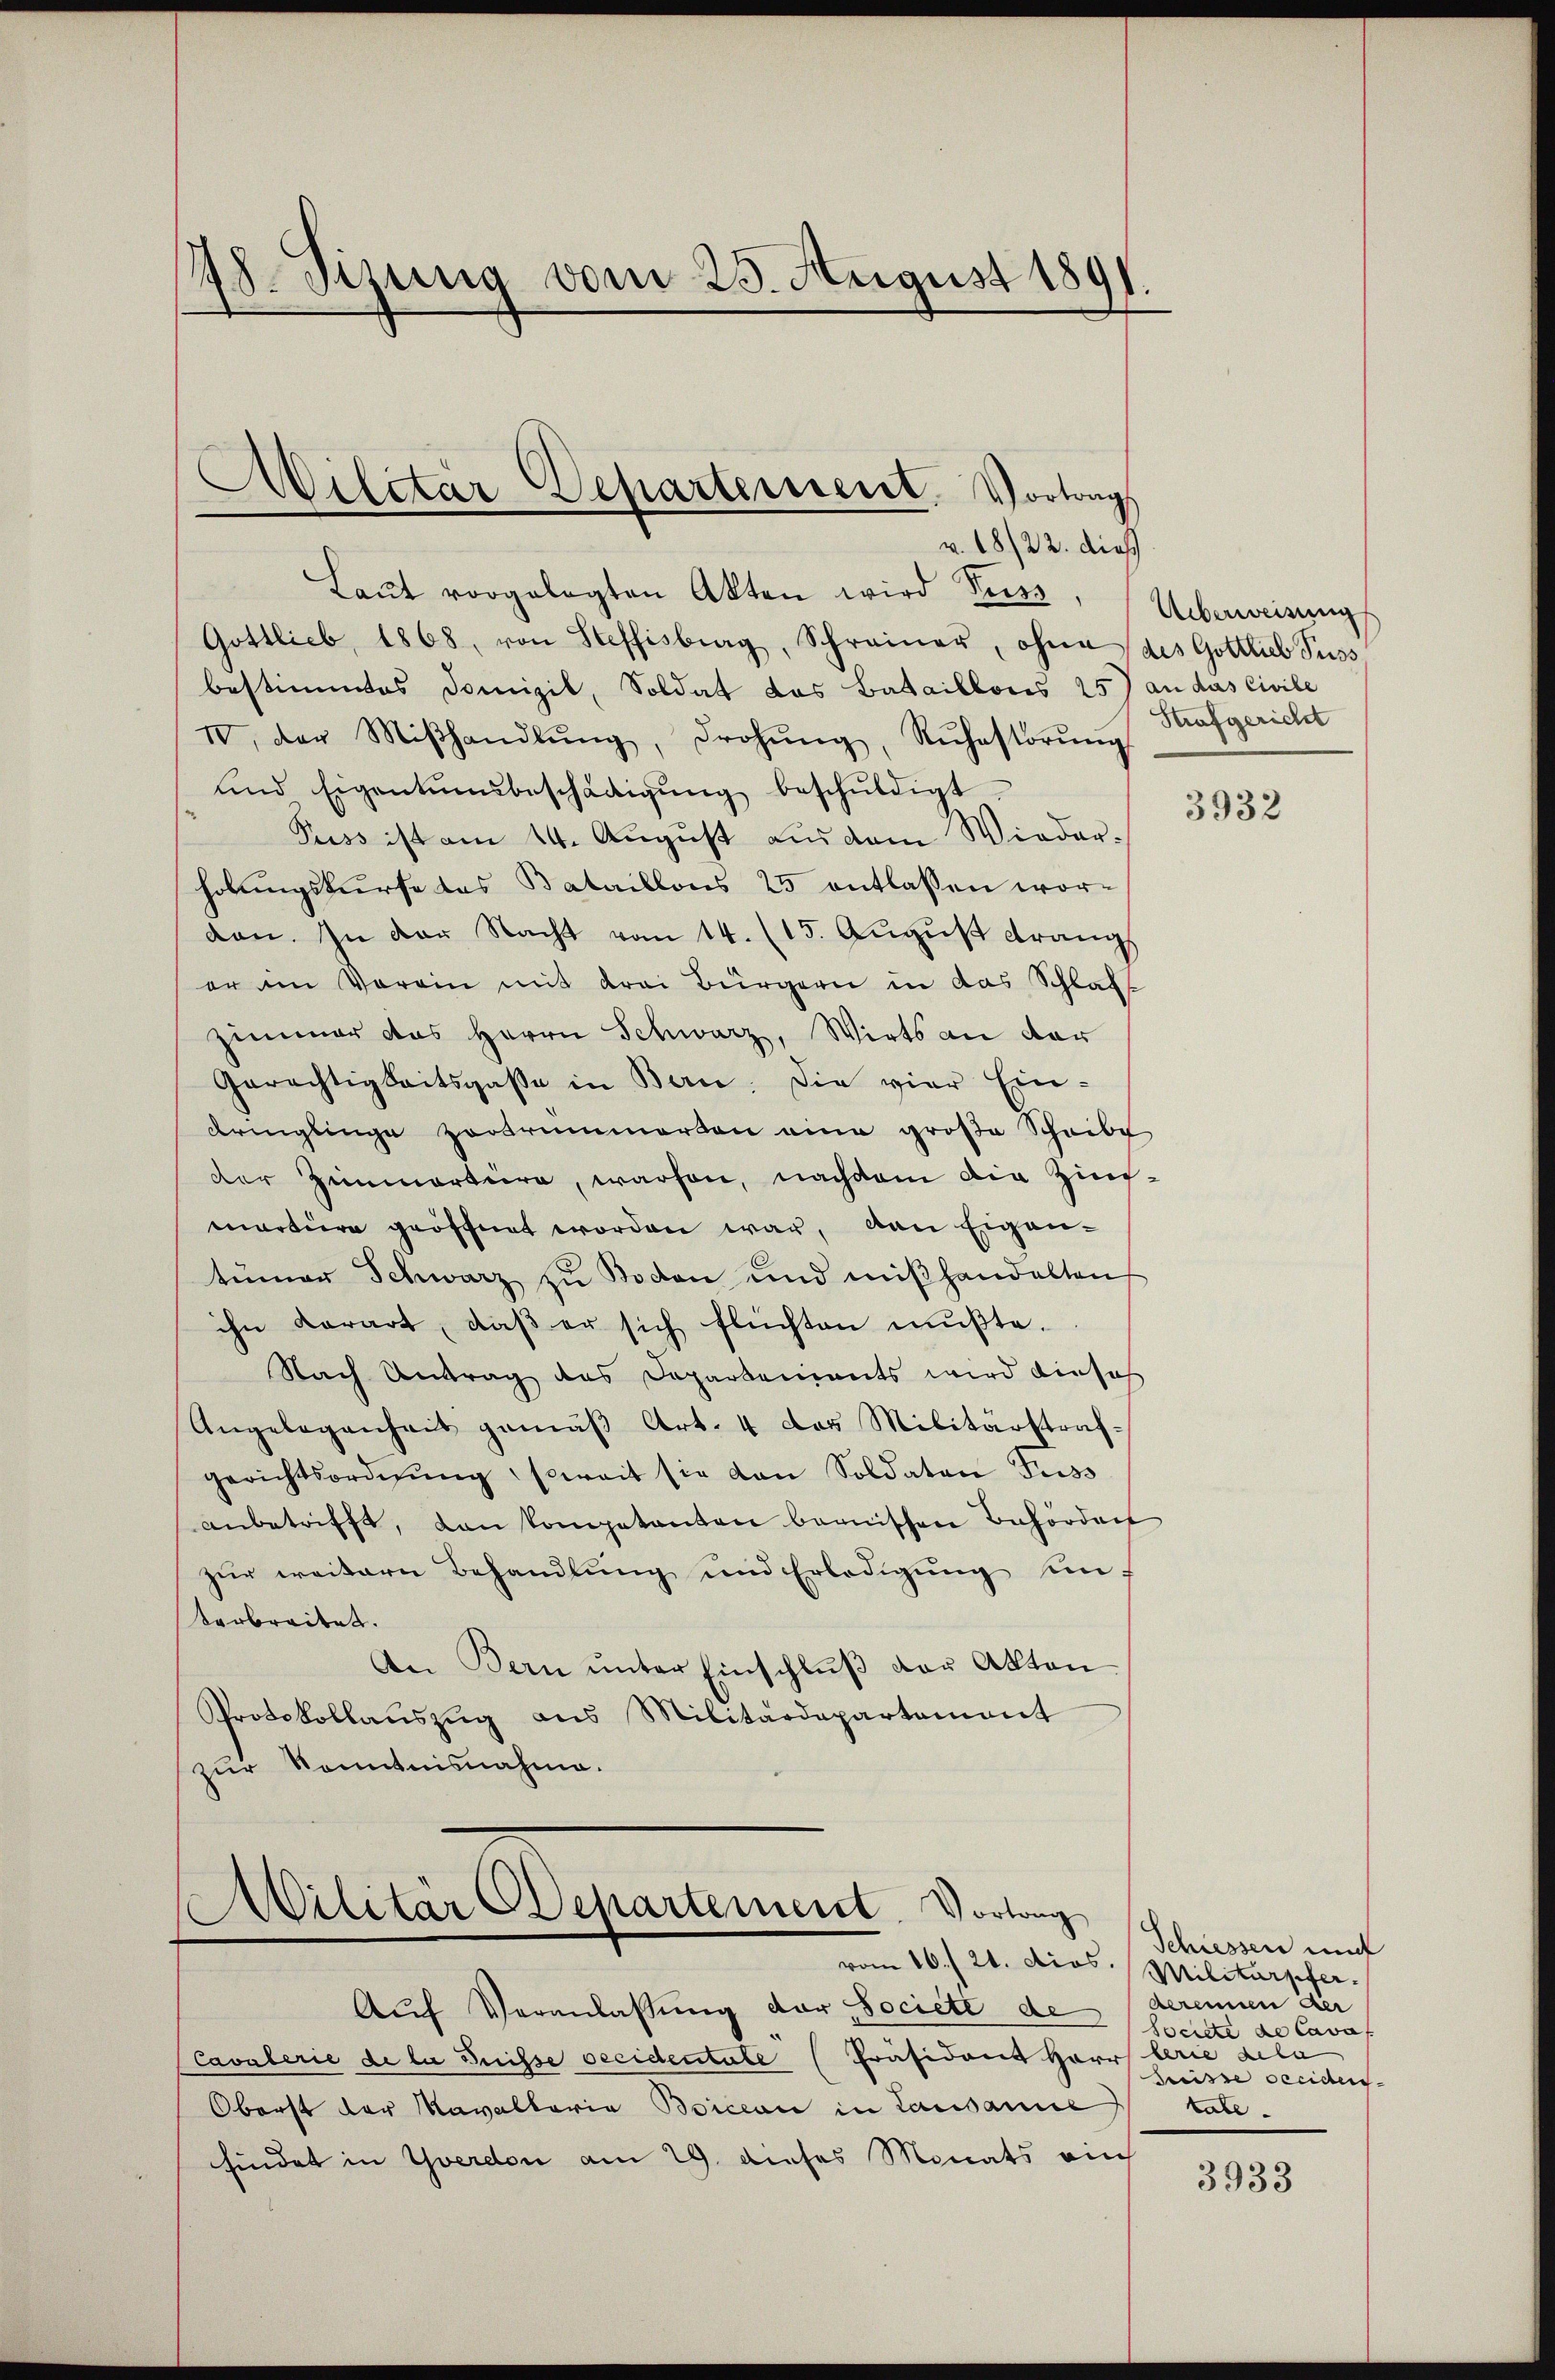
28. Sizung vom 25. August 1891.

s
Militär-Departement. Vortrags
v. 18/22. dieß

Laŭt vorgelegten Akten wird Fuss, Überweisung
Gottlieb, 1868, von Steffisburg, Schreiner, ohne des Gottlieb Fuss
bestimmtes Domizil, Soldat das Bataillonis 25) an das Civile
IV. Der Miβhandlŭng, drohŭng, Rŭhestörŭng
und Eigentumsbeschädigŭng beschŭldigt.
Puss ist am 14. August aus dem Wiederhobungskurse das Bataillons 25 entlassen worden. In der Nacht vom 14. (15. August drangs
er im Vorain mit drei Bürgern in das Schlaf-
zimmer das Herrn Schwarz, Wirts an der
Gerächtigkeitsgaβe in Bern. Die vier Ein-
dringlinge Zertrümmerton eine große Scheibe
der Zimmerteire, warfen, nachdem die Zins-
martiere geöffnet worden war, den Eigentümer Schwarz zu Boden und miβhandelten
ihn derart, daβ er sich flüchten mußte.
Nach Antrag des Departements wird dieses
Angelegenheit gemäβ Art. 4 das Militärstrafgerichtsordnŭng soweit sie von Soldaten Fuss
anbetrifft, von kompetenten bernischen Behörden
zur weitern Behandlung und Erledigŭng un
tarbreitet.
An Bern ŭnter Einschlŭβ der Akten
Protokollauszug aus Militärdepartement
zur Kenntnisnahme.

Militär Departement. Vortrag
vom 16./21. dios. Militarpfer.

Auf Veranlassung der Societe de
Cavalerie de la Suisse decidentale Präsident Harr
Oberst der Navallaria Boicean in Lausanne
findet in Yverdon am 29. dieses Monats auch

Strafgericht

3932

Schiessen und
derennen der
Société de Cava
lerie gela
heisse occiden
tate.

3933